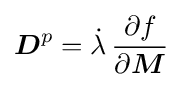
{\boldsymbol {D}}^{p}={\dot {\lambda }}\,{\frac {\partial f}{\partial {\boldsymbol {M}}}}